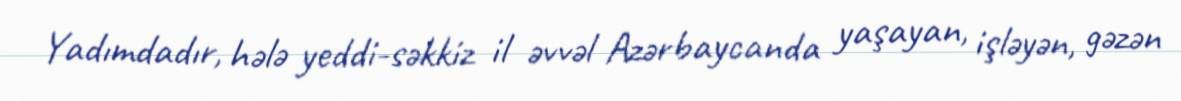
Yadımdadır, hələ yeddi-səkkiz il əvvəl Azərbaycanda yaşayan, işləyən, gəzən